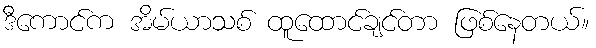
ဒီကောင်က အိမ်ယာသစ် ထူထောင်ချင်တာ ဖြစ်နေတယ်။